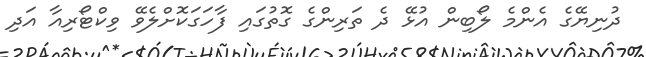
ދުނިޔޭގެ އެންމެ ލޯބިން އުޅޭ ދެ ތަރިންގެ ގޮތުގައި ފާހަގަކޮށްލެވޭ ވިކްޓޯރިއާ އަދި